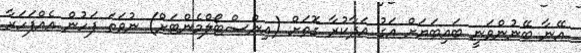
އޭނާ ބޭނުންވަނީ ބައިބަޔަށް އަގު އަދާކުރާ ގޮތަށް (އިންސްޓޯލްމެންޓަށް) ނުވަތަ ފަހުން އެއްފަހަރާ